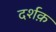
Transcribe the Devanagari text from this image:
दर्शक़